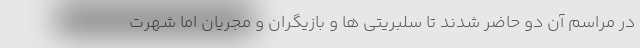
در مراسم آن دو حاضر شدند تا سلبریتی ها و بازیگران و مجریان اما شهرت